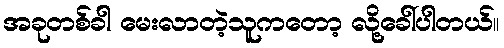
အခုတစ်ခါ မေးလာတဲ့သူကတော့ လို့ခေါ်ပါတယ်။